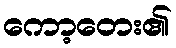
ကော့တေး၏